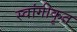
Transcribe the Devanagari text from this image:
स्वांगीकृत